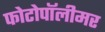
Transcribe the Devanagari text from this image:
फोटोपॉलीमर